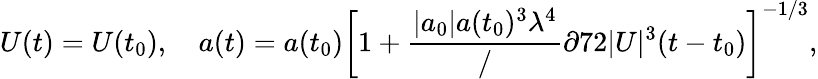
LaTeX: U(t)=U(t_{0}),\quad a(t)=a(t_{0})\left[1+\frac{|a_{0}|a(t_{0})^{3}\lambda^{4}}/{\partial 72|U|^{3}}(t-t_{0})\right]^{-1/3},